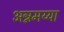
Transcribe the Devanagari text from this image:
अन्नमय्या